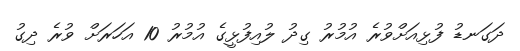
ދަގަނޑު ފުޅިއަށްވުރެ އުމުރު ގިދު ލުއިފުޅީގެ އުމުރު 10 އަހަރަށް ވުރެ ދިގު